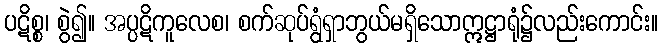
ပဋိစ္စ၊ စွဲ၍။ အပ္ပဋိကူလေစ၊ စက်ဆုပ်ရွံရှာဘွယ်မရှိသောဣဋ္ဌာရုံ၌လည်းကောင်း။